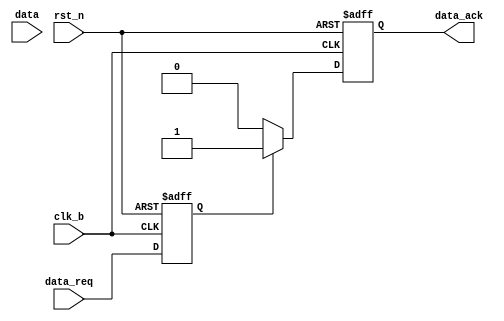
`timescale 1ns/1ns

// 
module data_receiver(
	input            clk_b,
	input            rst_n,
	input      [3:0] data,
	input            data_req,
	output reg       data_ack
);

reg data_req_1;
reg data_req_2;
reg [3:0] data_in;

// 
always @(posedge clk_b or negedge rst_n) begin
  if (~rst_n) begin
    data_req_1 <= 1'b0;
    data_req_2 <= 1'b0;
  end else begin
    data_req_1 <= data_req;
    data_req_2 <= data_req_1;
  end
end

// data_ack
always @(posedge clk_b or negedge rst_n) begin
  if (~rst_n) begin
    data_ack <= 1'b0;
  end else if (data_req_1) begin
    data_ack <= 1'b1;
  end else begin
    data_ack <= 1'b0;
  end
end

// datadata_in
always @(posedge clk_b or negedge rst_n) begin
  if (~rst_n) begin
    data_in <= 4'b0;
  end else if (data_req_1 && !data_req_2) begin
    data_in <= data;
  end else begin
    data_in <= data_in;
  end
end

endmodule